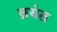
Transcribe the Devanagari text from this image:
ब्रयंत